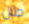
طال